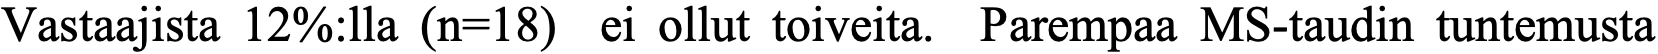
Vastaajista 12%:lla (n=18) ei ollut toiveita. Parempaa MS-taudin tuntemusta